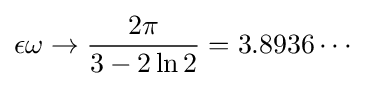
\epsilon \omega \to {\frac {2\pi }{3-2\ln 2}}=3.8936\cdots